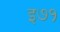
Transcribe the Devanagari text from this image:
इ७१